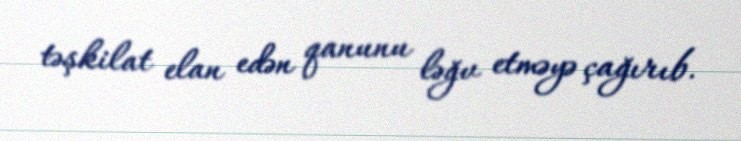
təşkilat elan edən qanunu ləğv etməyə çağırıb.